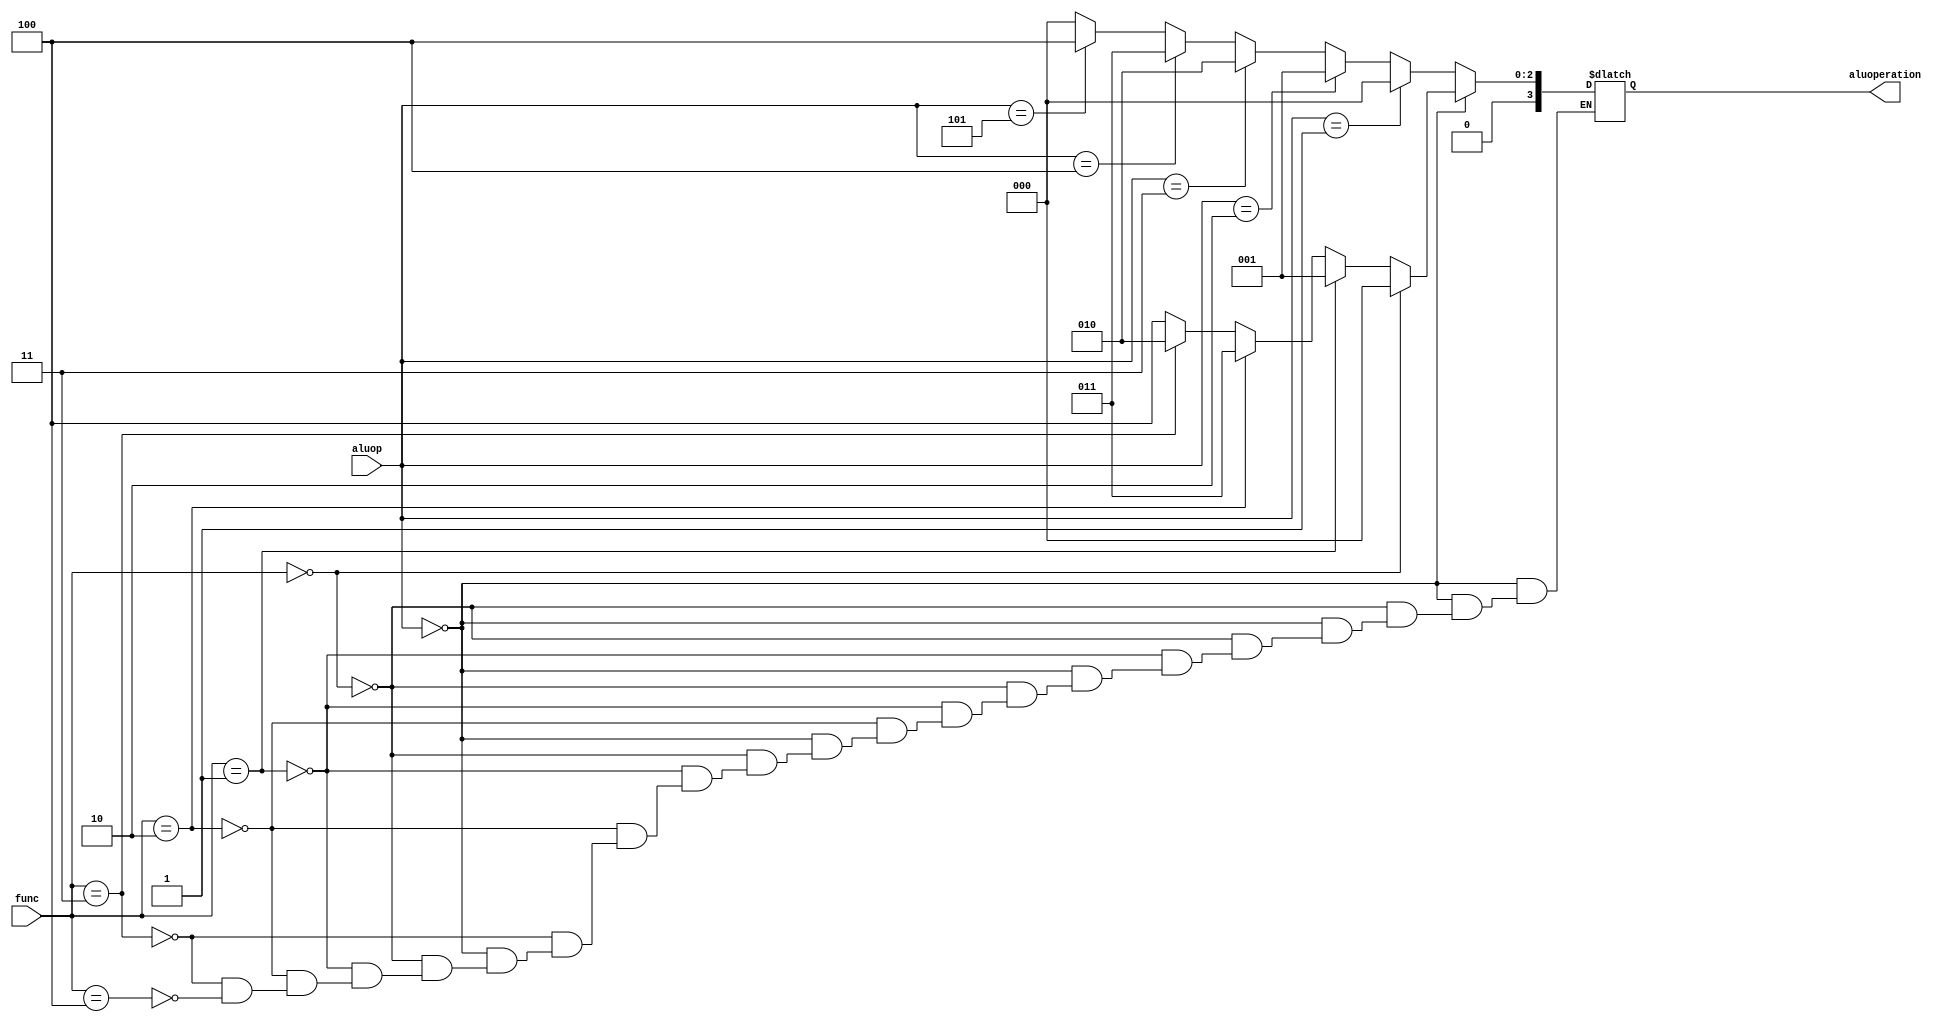
module alu_control(
    input [2:0] aluop,
    input [5:0] func,
    output reg [3:0] aluoperation
    );

always@(*)
begin
	if(aluop == 3'b000)
	begin
		if(func == 6'b000000)
		begin
			aluoperation = 4'b0000;//add
		end
		else if(func == 6'b000001)
		begin		
			aluoperation = 4'b0001;//sub
		end	
		else if(func == 6'b000010)
		begin
			aluoperation = 4'b0011;//or
		end
		else if(func == 6'b000011)
		begin
			aluoperation = 4'b0010;//and
		end
		else if(func == 6'b000100)
		begin
			aluoperation = 4'b0100;//slt
		end
	end
	else if(aluop == 3'b001)
	begin
		aluoperation = 4'b0000;//add
	end
	else if(aluop == 3'b010)
	begin
		aluoperation = 4'b0001;//sub	
	end
	else if(aluop == 3'b011)
	begin
		aluoperation = 4'b0010;//and
	end
	else if(aluop == 3'b100)
	begin
		aluoperation = 4'b0011;//or
	end
	else if(aluop == 3'b101)
	begin
		aluoperation = 4'b0100;//slt
	end
	else
	begin
		aluoperation = 4'b0000;//add
	end
end

endmodule